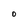
Character: O